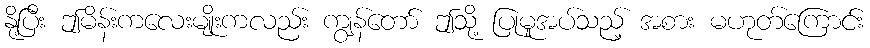
နို့ပြီး ဤမိန်းကလေးမျိုးကလည်း ကျွန်တော် ဤသို့ ပြုမူအပ်သည့် အစား မဟုတ်ကြောင်း